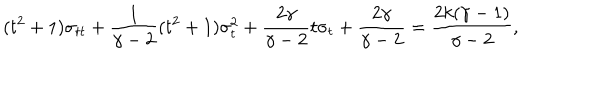
( t ^ { 2 } + 1 ) \sigma _ { t t } + { \frac { 1 } { \gamma - 2 } } ( t ^ { 2 } + 1 ) \sigma _ { t } ^ { 2 } + { \frac { 2 \gamma } { \gamma - 2 } } t \sigma _ { t } + { \frac { 2 \gamma } { \gamma - 2 } } = { \frac { 2 k ( \gamma - 1 ) } { \gamma - 2 } } ,